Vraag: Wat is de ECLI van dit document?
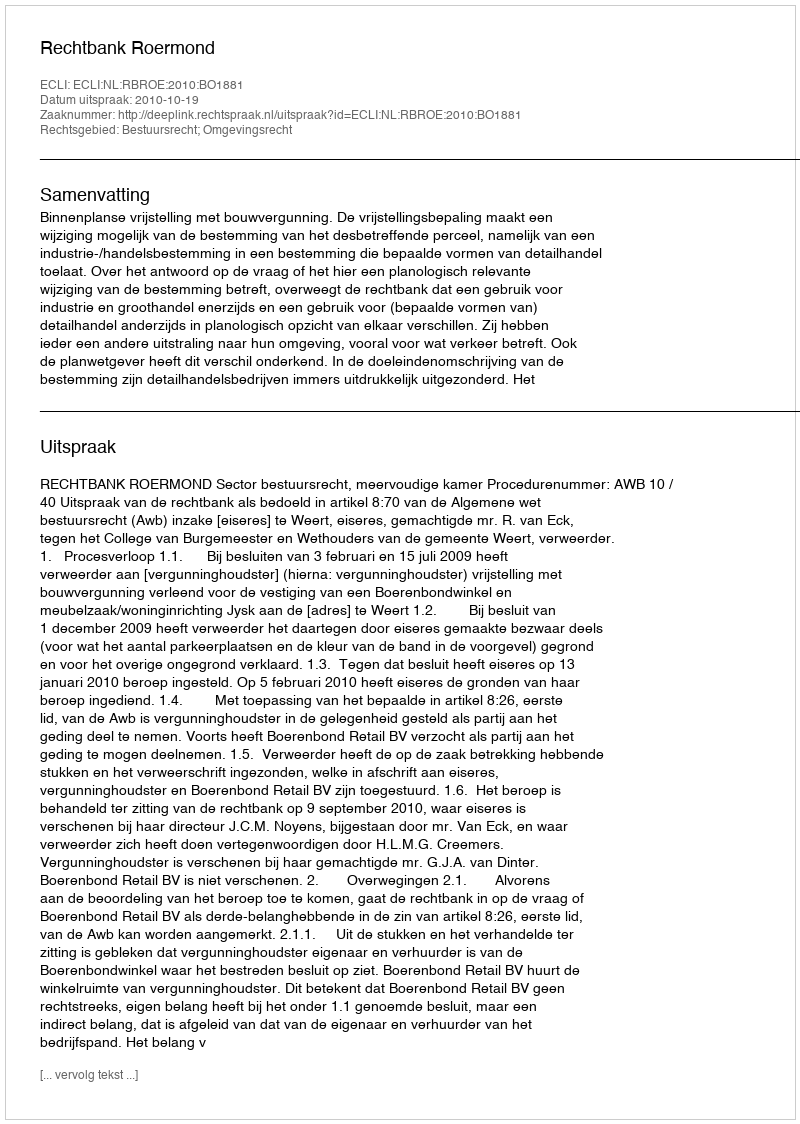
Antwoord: ECLI:NL:RBROE:2010:BO1881